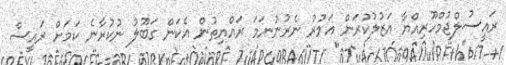
ރައީސުލްޖުމްހޫރިއްޔާ އަޒުލުކުރަން އަމުރު ނެރުނުނަމަ ރައްޔިތުން އެކަން ގަބޫލު ނުކުރާނެ ކަމަށް ރައީސް